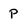
Character: P